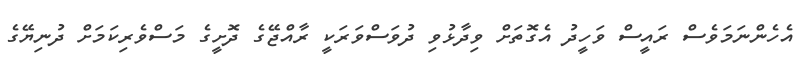
އެހެންނަމަވެސް ރައީސް ވަހީދު އެގޮތަށް ވިދާޅުވި ދުވަސްވަރަކީ ރާއްޖޭގެ ދޮށީގެ މަސްވެރިކަމަށް ދުނިޔޭގެ